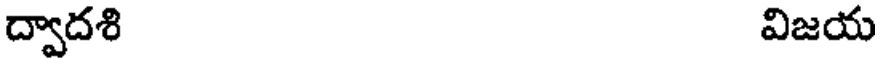
ద్వాదశి విజయ